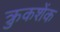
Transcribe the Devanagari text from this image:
क्रुकशेंक